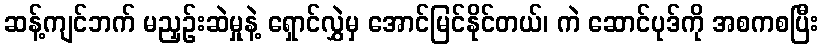
ဆန့်ကျင်ဘက် မညှဉ်းဆဲမှုနဲ့ ရှောင်လွှဲမှ အောင်မြင်နိုင်တယ်၊ ကဲ ဆောင်ပုဒ်ကို အစကစပြီး